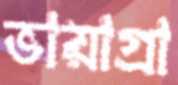
ভায়াগ্রা